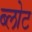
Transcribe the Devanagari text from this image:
ब्लोट